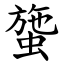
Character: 䗐